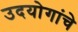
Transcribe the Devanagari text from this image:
उदयोगांचे